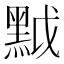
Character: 𪐶